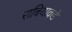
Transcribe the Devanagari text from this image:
राबियाकडे